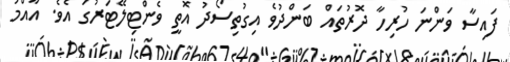
ފައިސާ ވަންނަ ހުރިހާ ދޮރުތައް ބަންދުވެ އިގުތިސޯދު އޮތީ ވެންޓިލޭޓަރުގަ އެވެ. އާއްމު